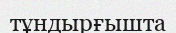
тұндырғышта